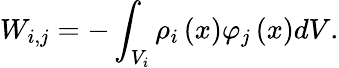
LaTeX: W_{i,j}=-\int_{V_{i}}\rho_{i}\left(x\right)\varphi_{j}\left(x\right)dV.